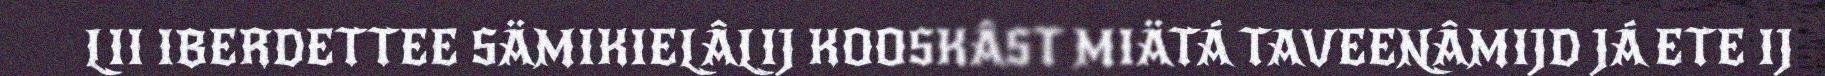
LII IBERDETTEE SÄMIKIELÂLIJ KOOSKÂST MIÄTÁ TAVEENÂMIJD JÁ ETE IJ